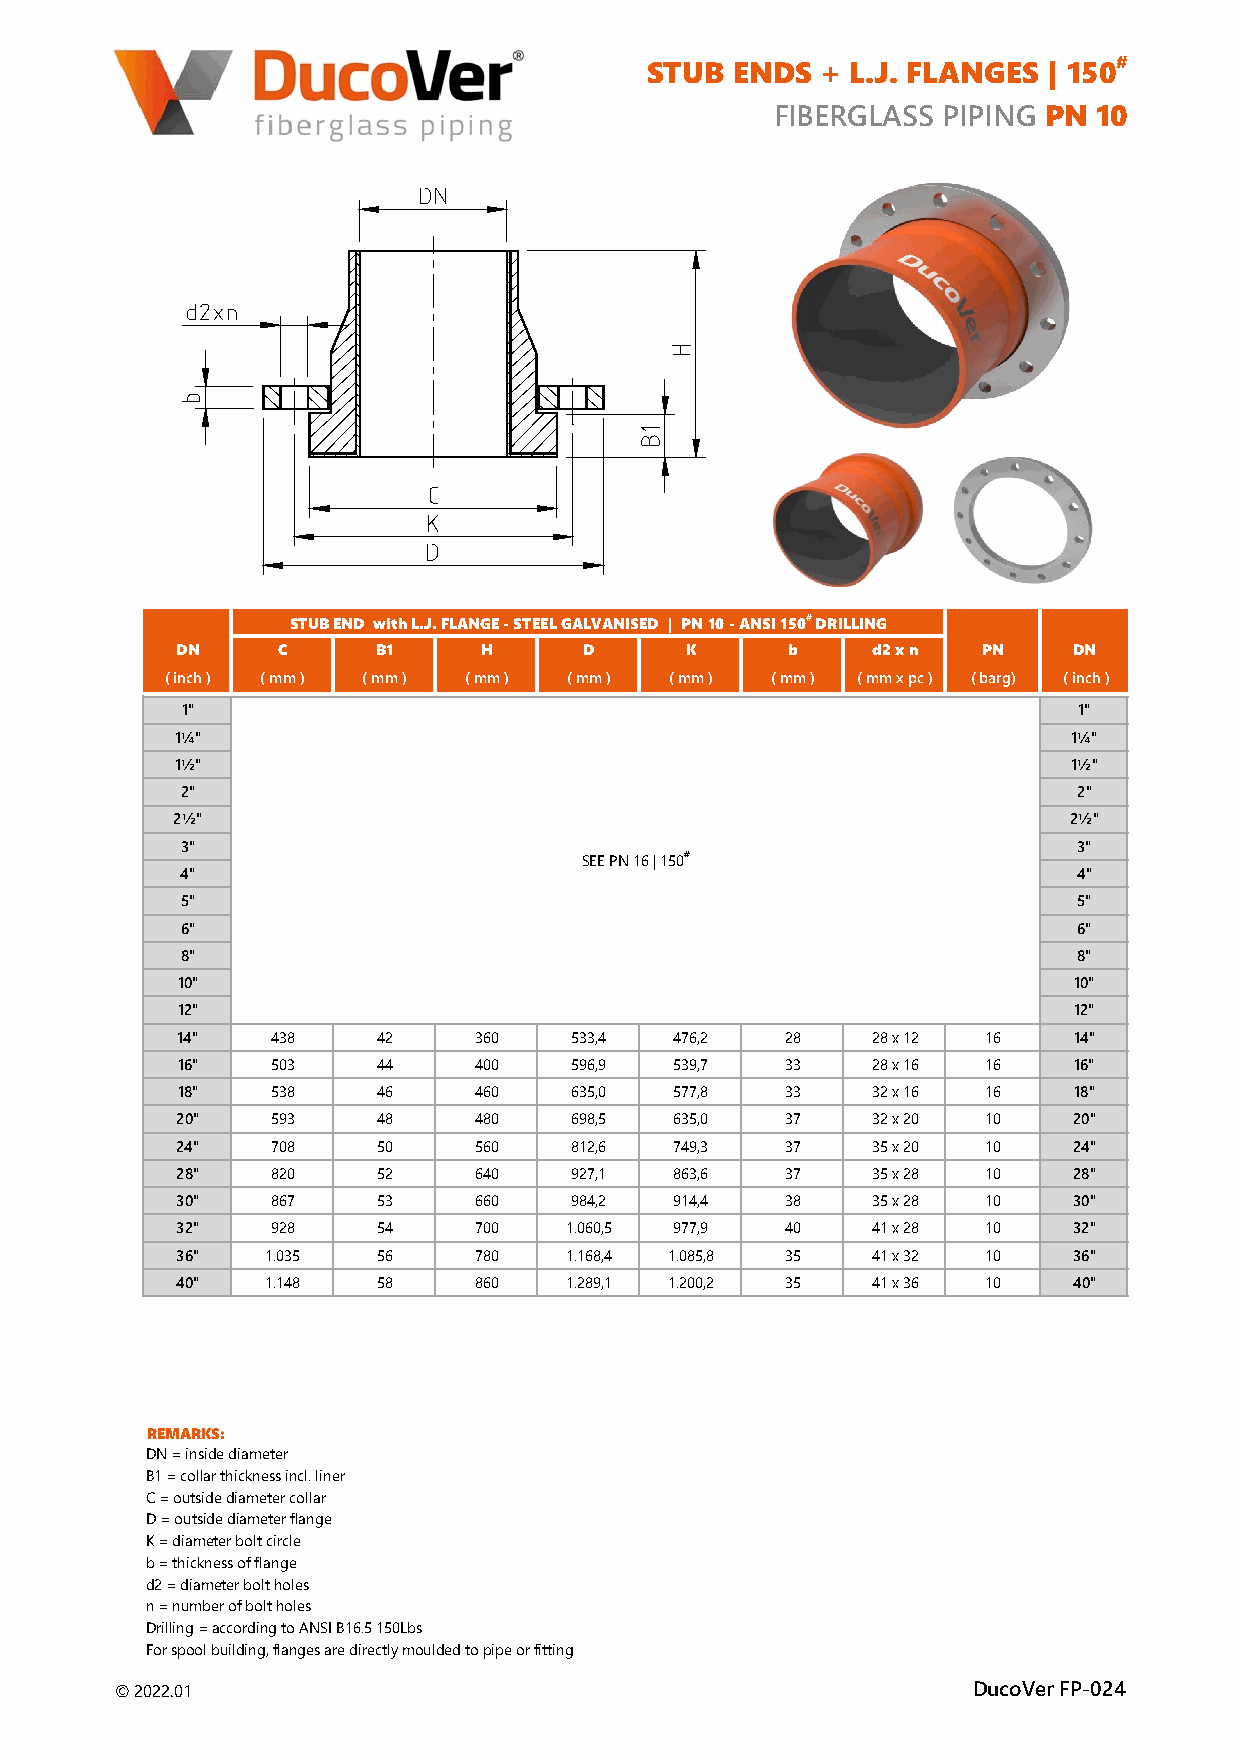
#
 STUB  ENDS  + L.J. FLANGES | 150
 FIBERGLASS PIPING PN 10
 STUB END with L.J. FLANGE - STEEL GALVANISED | PN 10 - ANSI 150# DRILLING
 DN     C      B1    H      D      K      b    d2 x n  PN    DN
 ( inch ) ( mm ) ( mm ) ( mm ) ( mm ) ( mm ) ( mm ) ( mm x pc ) ( barg) ( inch )
 1"                                                         1"
 1¼"                                                         1¼"
 1½"                                                         1½"
 2"                                                         2"
 2½"                                                        2½"
 3"                                                         3"
 SEE PN 16 | 150#
 4"                                                         4"
 5"                                                         5"
 6"                                                         6"
 8"                                                         8"
 10"                                                         10"
 12"                                                         12"
 14"    438    42    360   533,4  476,2   28   28 x 12 16    14"
 16"    503    44    400   596,9  539,7   33   28 x 16 16    16"
 18"    538    46    460   635,0  577,8   33   32 x 16 16    18"
 20"    593    48    480   698,5  635,0   37   32 x 20 10    20"
 24"    708    50    560   812,6  749,3   37   35 x 20 10    24"
 28"    820    52    640   927,1  863,6   37   35 x 28 10    28"
 30"    867    53    660   984,2  914,4   38   35 x 28 10    30"
 32"    928    54    700   1.060,5 977,9  40   41 x 28 10    32"
 36"   1.035   56    780   1.168,4 1.085,8 35  41 x 32 10    36"
 40"   1.148   58    860   1.289,1 1.200,2 35  41 x 36 10    40"
 REMARKS:
 DN = inside diameter
 B1 = collar thickness incl. liner
 C = outside diameter collar
 D = outside diameter flange
 K = diameter bolt circle
 b = thickness of flange
 d2 = diameter bolt holes
 n = number of bolt holes
 Drilling = according to ANSI B16.5 150Lbs
 For spool building, flanges are directly moulded to pipe or fitting
 © 2022.01                                                DucoVer FP-024